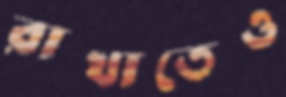
রাখাতেও